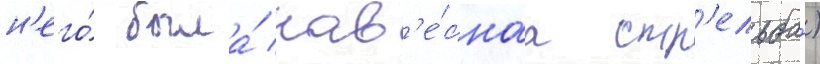
н'его́ была́ нав'е́снаа стр'ельба́)